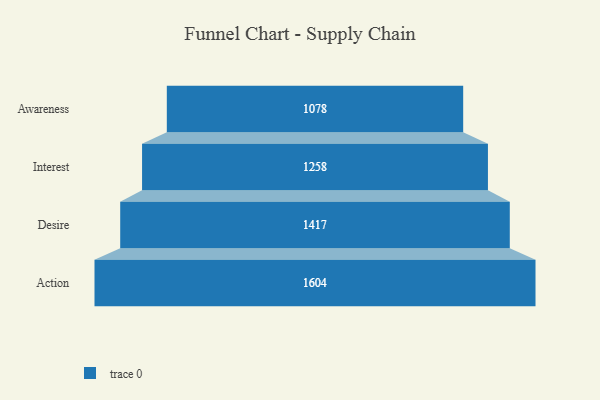
{"axis": {"x": "Stage", "y": "Value"}, "legend": [""], "data": [{"x": "Awareness", "y": 1078.0, "type": ""}, {"x": "Interest", "y": 1258.0, "type": ""}, {"x": "Desire", "y": 1417.0, "type": ""}, {"x": "Action", "y": 1604.0, "type": ""}]}